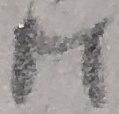
Text: M